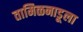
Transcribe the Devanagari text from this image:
तामिळनाडूला